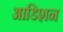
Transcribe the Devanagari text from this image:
आडिशन